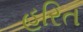
હરિત